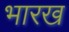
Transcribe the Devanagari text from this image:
भारख